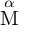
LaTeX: \stackrel { \alpha } { \mathrm { M } }